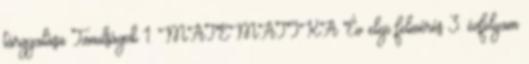
tárgyalása Tanulságok 1. MATEMATIKA Év eleji felmérés 3. évfolyam